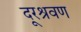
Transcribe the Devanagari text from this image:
दूरश्रवण